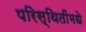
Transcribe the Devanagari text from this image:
परिस्थितींमधे